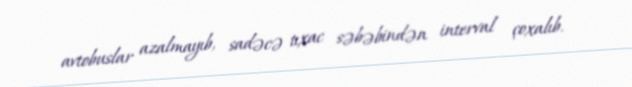
avtobuslar azalmayıb, sadəcə tıxac səbəbindən interval çoxalıb.